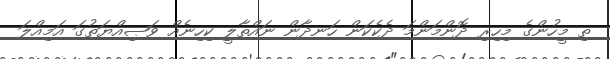
ތި މީހުންގެ މިހިރި ދޮންމަންމަ ދެކެކަން ހަނދާން ނައްތާލީ ކިހިނެއް ވަޞިއްޔަތުގަ އަމިއްލަ